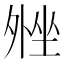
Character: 𫮋